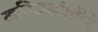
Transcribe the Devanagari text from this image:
खनिजसंपत्तीने